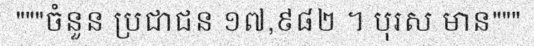
"""ចំនួន ប្រជាជន ១៧,៩៨២ ។ បុរស មាន"""